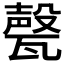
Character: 𱰎